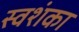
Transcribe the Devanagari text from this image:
स्वशंका